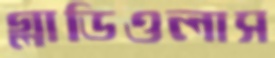
গ্লাডিওলাস